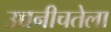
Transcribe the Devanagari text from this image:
उच्चनीचतेला